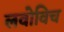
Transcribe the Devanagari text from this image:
लवोविच